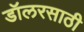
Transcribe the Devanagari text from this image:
डॉलरसाठी